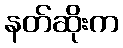
နတ်ဆိုးက